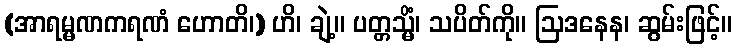
(အာရမ္မဏကရဏံ ဟောတိ၊) ဟိ၊ ချဲ့။ ပတ္တသ္မိံ၊ သပိတ်ကို။ ဩဒနေန၊ ဆွမ်းဖြင့်။